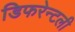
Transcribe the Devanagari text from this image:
डिफरेन्टली